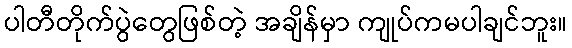
ပါတီတိုက်ပွဲတွေဖြစ်တဲ့ အချိန်မှာ ကျုပ်ကမပါချင်ဘူး။